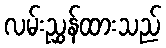
လမ်းညွှန်ထားသည်